NAE_ERA_R-1018_Narva_Linna_TSN_Taitevkomitee, lk 4
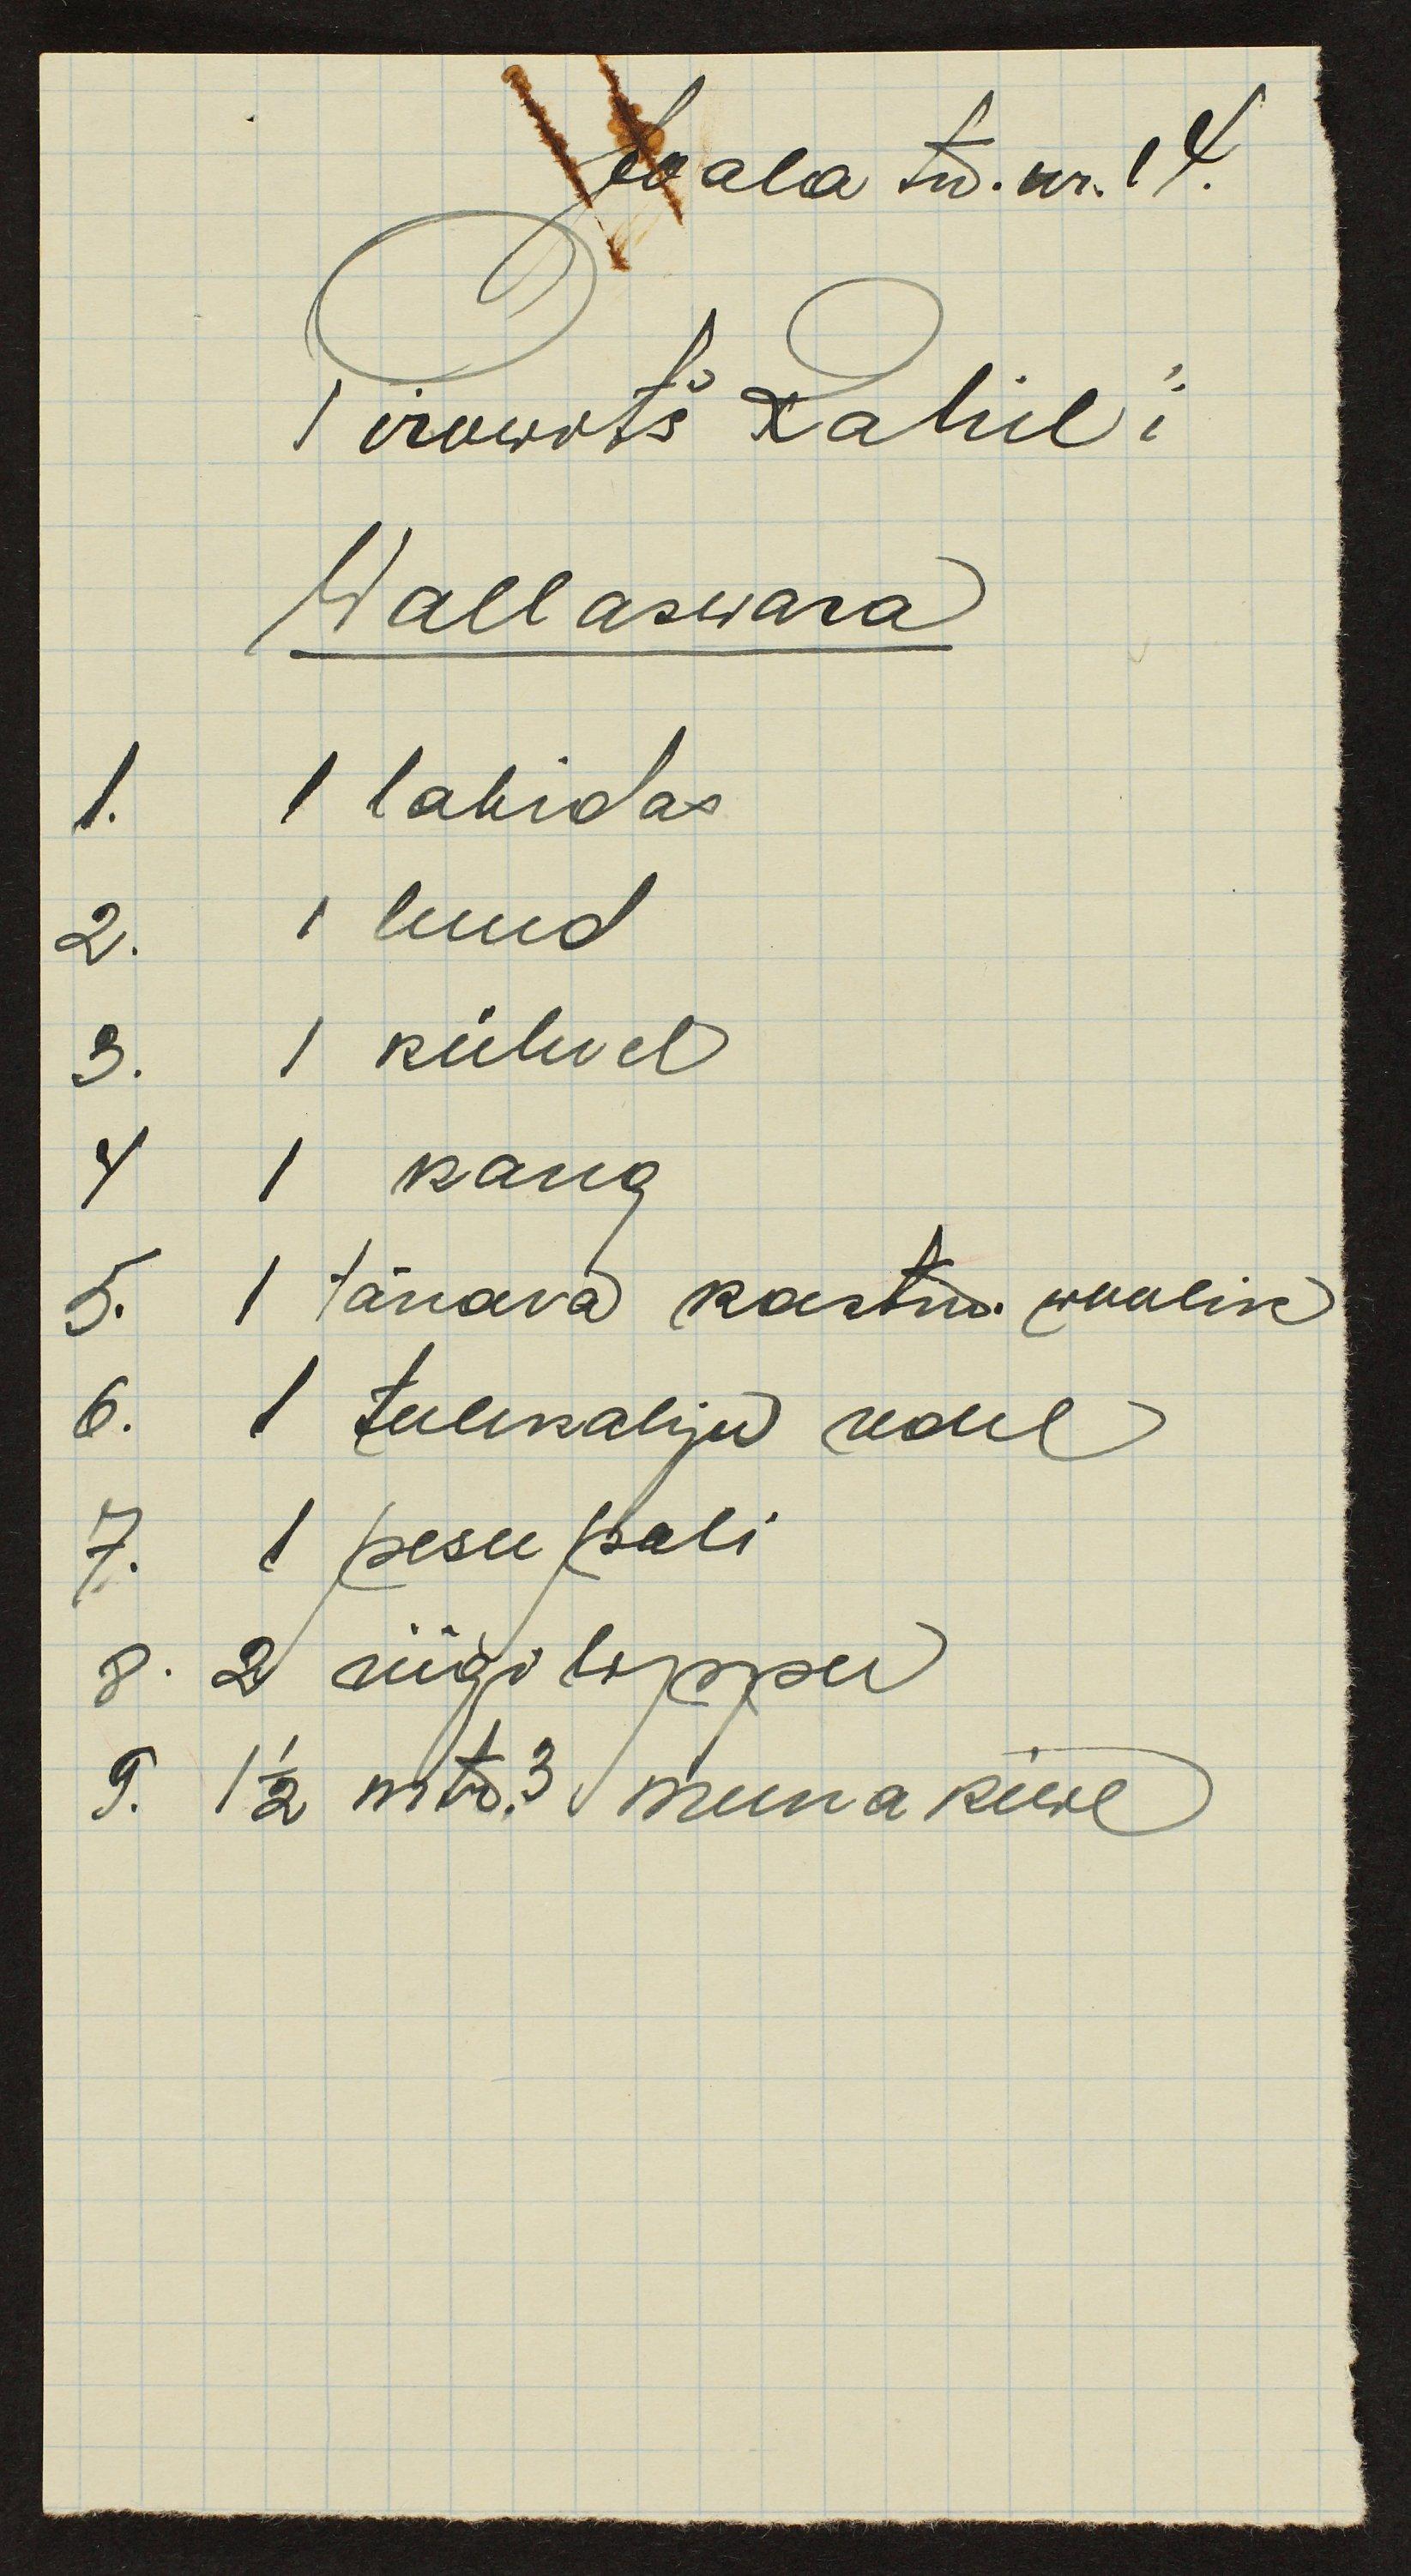
Joala tn. nr. 14.
Pirowitš Rahil´i
Wallaswara
1. 1 labidas
2. 1 luud
3. 1 kühvel
4 1 kang
5. 1 tänava kastm. woolik
6. 1 tulekahju redel
7. 1 pesu pali
8. 2 riigi lippu
9. 1 1/2 mtr.3 muna kiwe